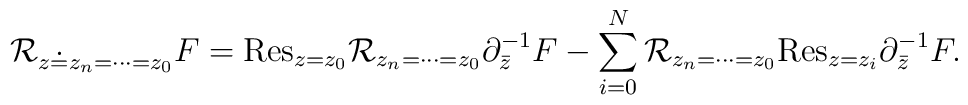
{\cal R}_{z\doteq z_n=\cdots=z_0}F={\rm Res}_{z=z_0}{\cal R}_{z_n=\cdots=z_0}\partial_{\bar{z}}^{-1}F-\sum_{i=0}^N{\cal R}_{z_n=\cdots=z_0}{\rm Res}_{z=z_i}\partial_{\bar{z}}^{-1}F.